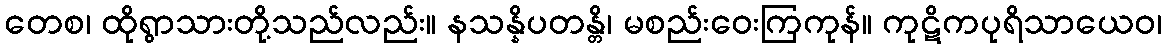
တေစ၊ ထိုရွာသားတို့သည်လည်း။ နသန္နိပတန္တိ၊ မစည်းဝေးကြကုန်။ ကုဋိကပုရိသာယေဝ၊